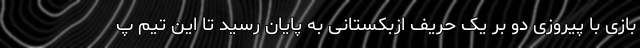
بازی با پیروزی دو بر یک حریف ازبکستانی به پایان رسید تا این تیم پ